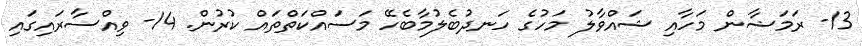
13- ރަމަޟާން މަހާއި ޝައްވާލު މަހުގެ ހަނދުބެލުމާބެހޭ މަސައްކަތްތައް ކުރުން. 14- ވިއްސާރައިގައި